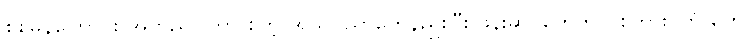
စစ်မှန်ကြောင်း အတည်ပြုတာ စတဲ့ အသိပညာတွေနည်းပြီး ဖုန်းဆိုင်တွေကပဲ စကားဝှက် တွေ